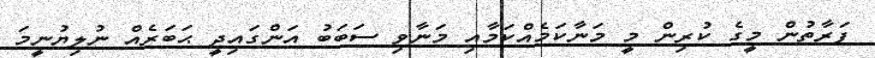
ފަރާތުން މީގެ ކުރިން މީ މަނާކަމެއްކަމާއި މަނާވި ސަބަބު އަންގައިދީ ޙަބަރެއް ނުލިޔުނީމަ